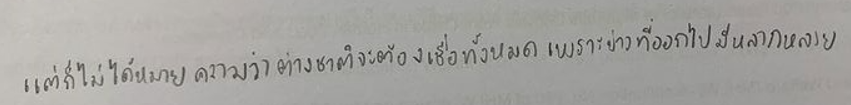
แต่ก็ไม่ได้หมายความว่าต่างชาติจะต้องเชื่อทั้งหมดเพราะข่าวที่ออกไปมีหลากหลาย